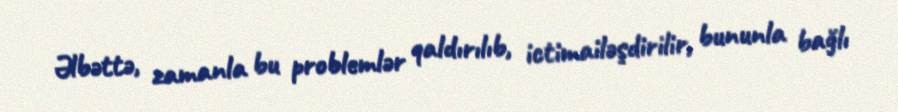
Əlbəttə, zamanla bu problemlər qaldırılıb, ictimailəşdirilir, bununla bağlı